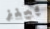
بينز